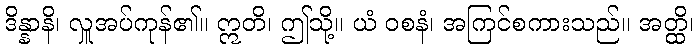
ဒိန္နာနိ၊ လှူအပ်ကုန်၏။ ဣတိ၊ ဤသို့။ ယံ ဝစနံ၊ အကြင်စကားသည်။ အတ္ထိ၊